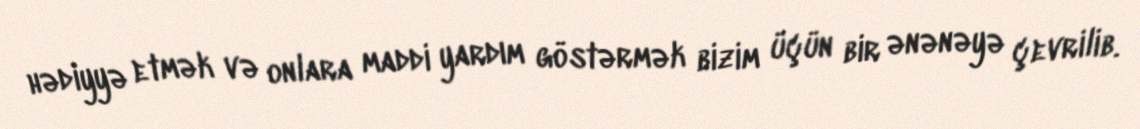
hədiyyə etmək və onlara maddi yardım göstərmək bizim üçün bir ənənəyə çevrilib.